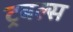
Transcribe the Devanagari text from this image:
ट्रबल्स